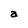
Character: a